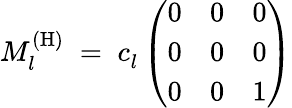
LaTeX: M_{l}^{(\mathrm{H)}}\; =\; c_{l}^{~}\left(\begin{array}{lll}{{0}}&{{0}}&{{0}}\\ {{0}}&{{0}}&{{0}}\\ {{0}}&{{0}}&{{1}}\end{array}\right)